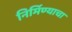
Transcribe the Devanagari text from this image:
निर्मिण्याचा